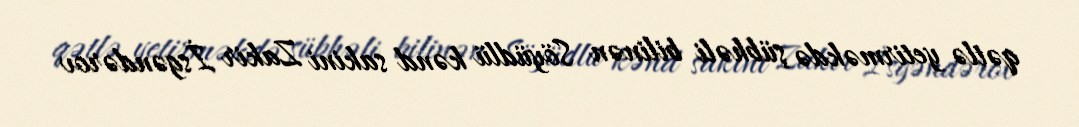
qətlə yetirməkdə şübhəli bilinən Söyüdlü kənd sakini Zakir İsgəndərov